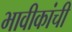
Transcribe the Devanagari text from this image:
भावीकांची